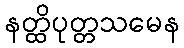
နတ္ထိပုတ္တသမေန